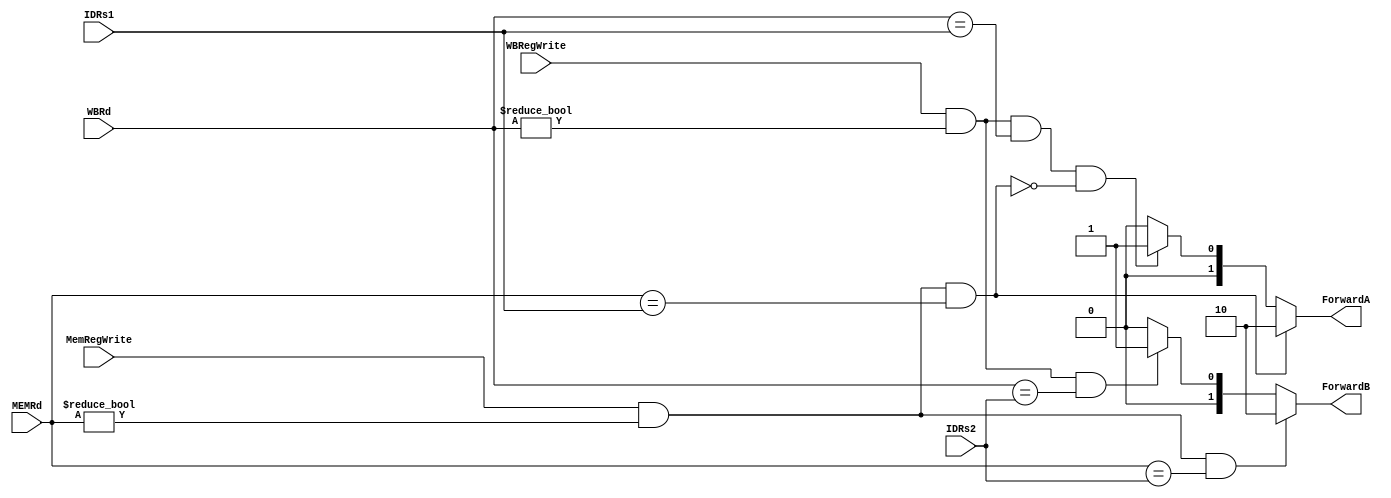
`timescale 1ns / 1ps
//////////////////////////////////////////////////////////////////////////////////
// Company: 
// Engineer: 
// 
// Design Name: 
// Module Name: ForwardingUnit
// Project Name: 
// Target Devices: 
// Tool Versions: 
// Description: 
// 
// Dependencies: 
// 
// Revision:
// Revision 0.01 - File Created
// Additional Comments:
// 
//////////////////////////////////////////////////////////////////////////////////


module ForwardingUnit(
    input [4:0] IDRs1,
    input [4:0] IDRs2,
    input MemRegWrite,
    input WBRegWrite,
    input [4:0] WBRd,
    input [4:0] MEMRd,
    output reg [1:0] ForwardA,
    output reg [1:0] ForwardB
    
    );
    
    always @(MEMRd or WBRd or MemRegWrite or WBRegWrite or IDRs1 or IDRs2)
  begin
    if ((MemRegWrite == 1) && (MEMRd != 0) && (MEMRd == IDRs1))  
            ForwardA <= 2'b10;
    else if ((WBRegWrite == 1) &&  (WBRd != 0)  && (WBRd == IDRs1) && !(MemRegWrite == 1 && MEMRd != 0 && MEMRd == IDRs1))	
            ForwardA <= 2'b01;
    else
            ForwardA <= 2'b00;
            
            
    if ((MemRegWrite == 1) && (MEMRd != 0) && (MEMRd == IDRs2))  
            ForwardB <= 2'b10;
    else if ((WBRegWrite == 1) &&  (WBRd != 0)  && (WBRd == IDRs2))	
            ForwardB <= 2'b01;
    else
            ForwardB <= 2'b00;
     
  end
    
    
    
    
    
    
    
endmodule